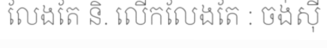
លែងតែ និ. លើកលែងតែ : ចង់ស៊ី